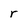
Character: r